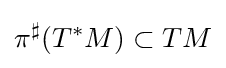
{\pi ^{\sharp }}(T^{*}M)\subset TM